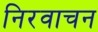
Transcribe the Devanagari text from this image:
निरवाचन